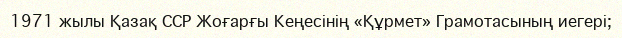
1971 жылы Қазақ ССР Жоғарғы Кеңесінің «Құрмет» Грамотасының иегері;